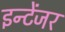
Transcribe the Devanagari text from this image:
इन्टेंजर